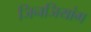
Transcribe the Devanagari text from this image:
जिनजियांग